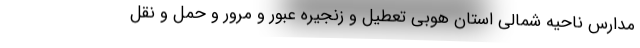
مدارس ناحیه شمالی استان هوبی تعطیل و زنجیره عبور و مرور و حمل و نقل